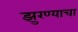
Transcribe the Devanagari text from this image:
झुरण्याचा